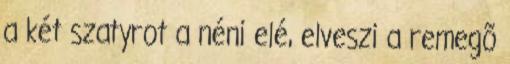
a két szatyrot a néni elé, elveszi a remegõ